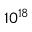
1 0 ^ { 1 8 }